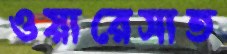
ওয়ারেসাত